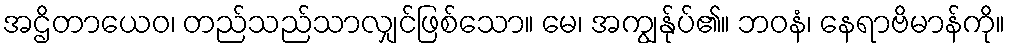
အဌိတာယေဝ၊ တည်သည်သာလျှင်ဖြစ်သော။ မေ၊ အကျွန်ုပ်၏။ ဘဝနံ၊ နေရာဗိမာန်ကို။